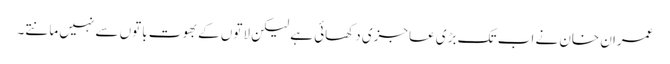
عمران خان نے اب تک بڑی عاجزی دکھائی ہے لیکن لاتوں کے بھوت باتوں سے نہیں مانتے۔